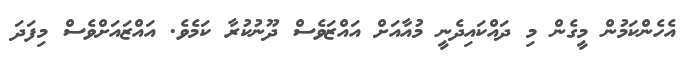
އެހެންކަމުން މީގެން މި ދައްކައިދެނީ މުއާއަށް އައްޒަވެސް ދޫނުކުރާ ކަމެވެ. އައްޒައަށްވެސް މިފަދަ